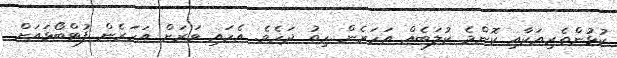
ކުޅުންތެރިއަކާއި ކޮންމެ ކުލަބެއް އަހަރެން ހިތު ދަހެވެ. އެހައި ވަރަށް އަހަރެން ފުޓްބޯޅައަށް